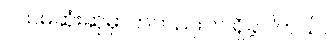
ပထမဆုံးဆုမှာကတည်းက ရှိခဲ့ပါတယ်။